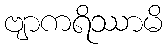
ဗျာကရိဿာမိ